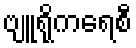
ဗျူရိုကရေစီ